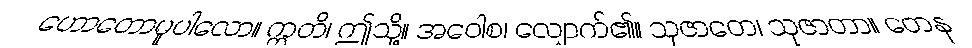
ဟောတောမူပါလော။ ဣတိ၊ ဤသို့။ အဝေါစ၊ လျှောက်၏။ သုဇာတေ၊ သုဇာတာ။ တေန